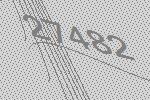
27482